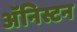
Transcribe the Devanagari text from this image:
अॅनिस्टन